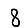
Digit: 8